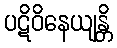
ပဋိဝိနေယျန္တိ